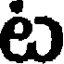
ట